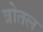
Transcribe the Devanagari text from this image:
त्रोतल